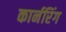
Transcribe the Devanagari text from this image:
कार्नरिंग